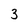
Character: 3